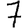
Digit: 7